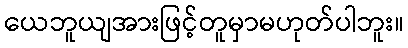
ယေဘူယျအားဖြင့်တူမှာမဟုတ်ပါဘူး။